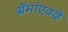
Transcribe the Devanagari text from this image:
ग्रॅमांएवढे